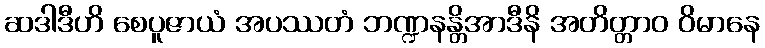
ဆဒါဒီဟိ စေပူဇာယံ အပဿတံ ဘဏ္ဍနန္တိအာဒီနိ အတိတ္တာဝ ဝိမာနေ